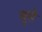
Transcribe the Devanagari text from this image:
बुसे